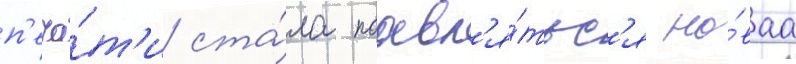
п'еча́т'и ста́ла поавл'я́тьс'я но́ваа